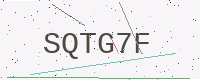
Text: SQTG7F